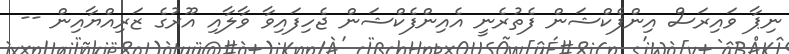
ނިޕާ ވައިރަސް އިންފެކްޝަން ފެތުރެނީ އެއިންފެކްޝަން ޖެހިފައިވާ ވާލާއި އޫރުގެ ޒަރިއްޔާއިން --